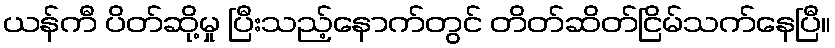
ယန်ကီ ပိတ်ဆို့မှု ပြီးသည့်နောက်တွင် တိတ်ဆိတ်ငြိမ်သက်နေပြီ။